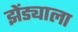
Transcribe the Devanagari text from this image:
झेंड्याला